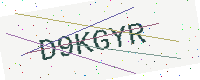
Text: D9KGYR